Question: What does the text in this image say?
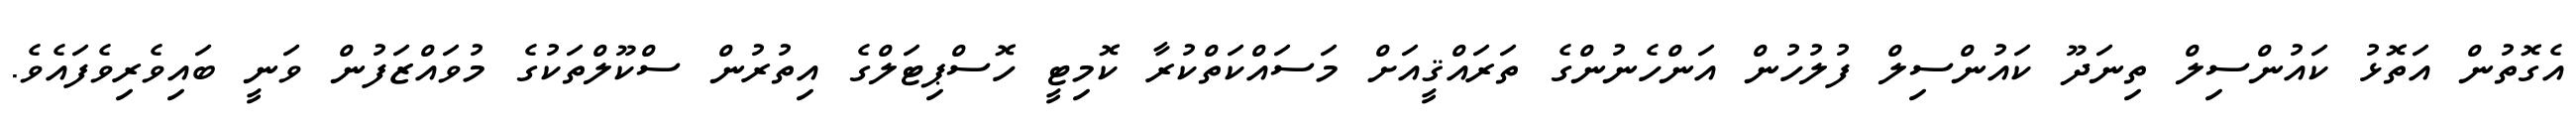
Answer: އެގޮތުން އަތޮޅު ކައުންސިލް ތިނަދޫ ކައުންސިލް ފުލުހުން އަންހެނުންގެ ތަރައްޤީއަށް މަސައްކަތްކުރާ ކޮމިޓީ ހޮސްޕިޓަލްގެ އިތުރުން ސްކޫލްތަކުގެ މުވައްޒަފުން ވަނީ ބައިވެރިވެފައެވެ.